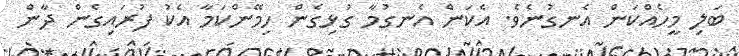
ބަލި މީހެއްކަން އެނގުނެވެ. އެކަން އެނގުމާ ގުޅިގެން ހިމޭންކަމާ އެކު ފުރައިގެން ދާން